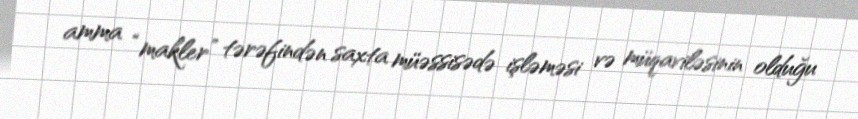
amma “makler” tərəfindən saxta müəssisədə işləməsi və müqaviləsinin olduğu